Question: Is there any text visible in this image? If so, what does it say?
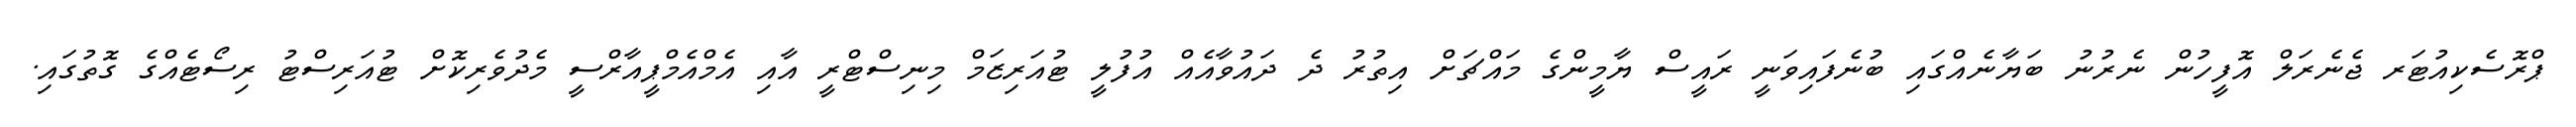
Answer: ޕްރޮސެކިއުޓަރ ޖެނެރަލް އޮފީހުން ނެރުނު ބަޔާނެއްގައި ބުނެފައިވަނީ ރައީސް ޔާމީންގެ މައްޗަށް އިތުރު ދެ ދައުވާއެއް އުފުލީ ޓުއަރިޒަމް މިނިސްޓްރީ އާއި އެމްއެމްޕީއާރްސީ މެދުވެރިކޮށް ޓުއަރިސްޓު ރިސޯޓެއްގެ ގޮތުގައި.